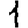
Digit: 1